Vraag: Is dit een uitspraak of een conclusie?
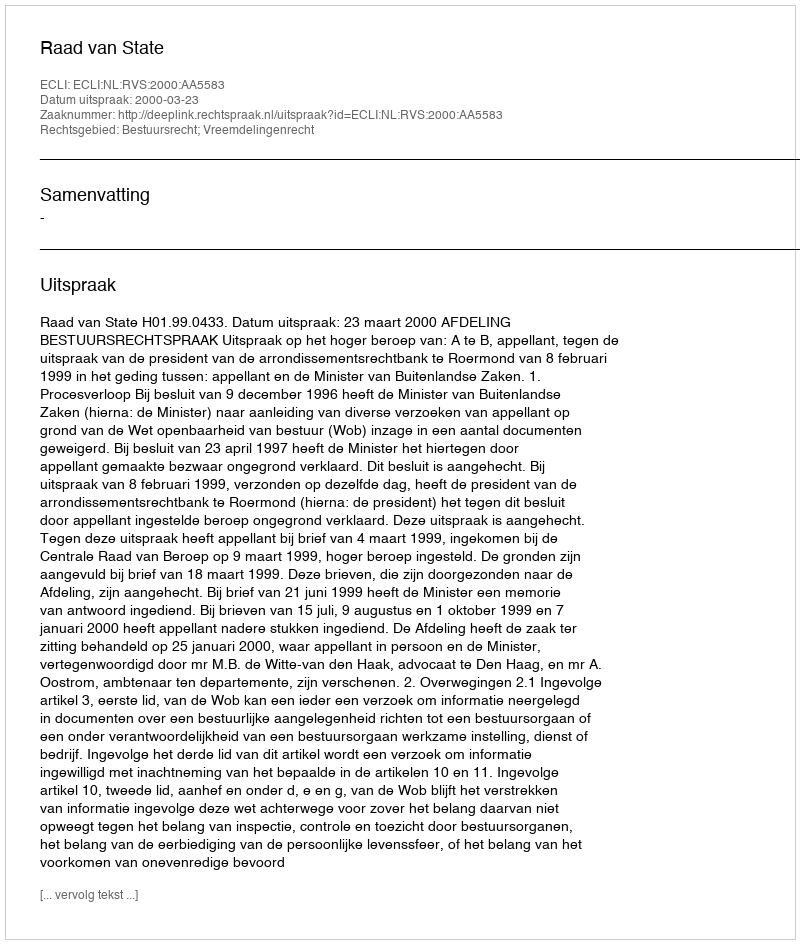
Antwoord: Uitspraak